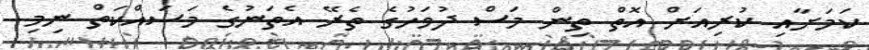
ކަމަށާއި ކުރިއަށް އޮތް ތިން މަސް ދުވަހުގެ ތެރޭ އެތަނުގެ މަސައްކަތް ނިމި